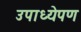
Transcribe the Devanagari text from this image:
उपाध्येपण